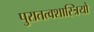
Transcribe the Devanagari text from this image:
पुरातत्‍वशास्त्रियों